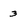
Character: 3